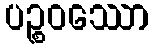
ပဉ္စဝဿော